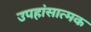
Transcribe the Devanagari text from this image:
उपहांसात्मक